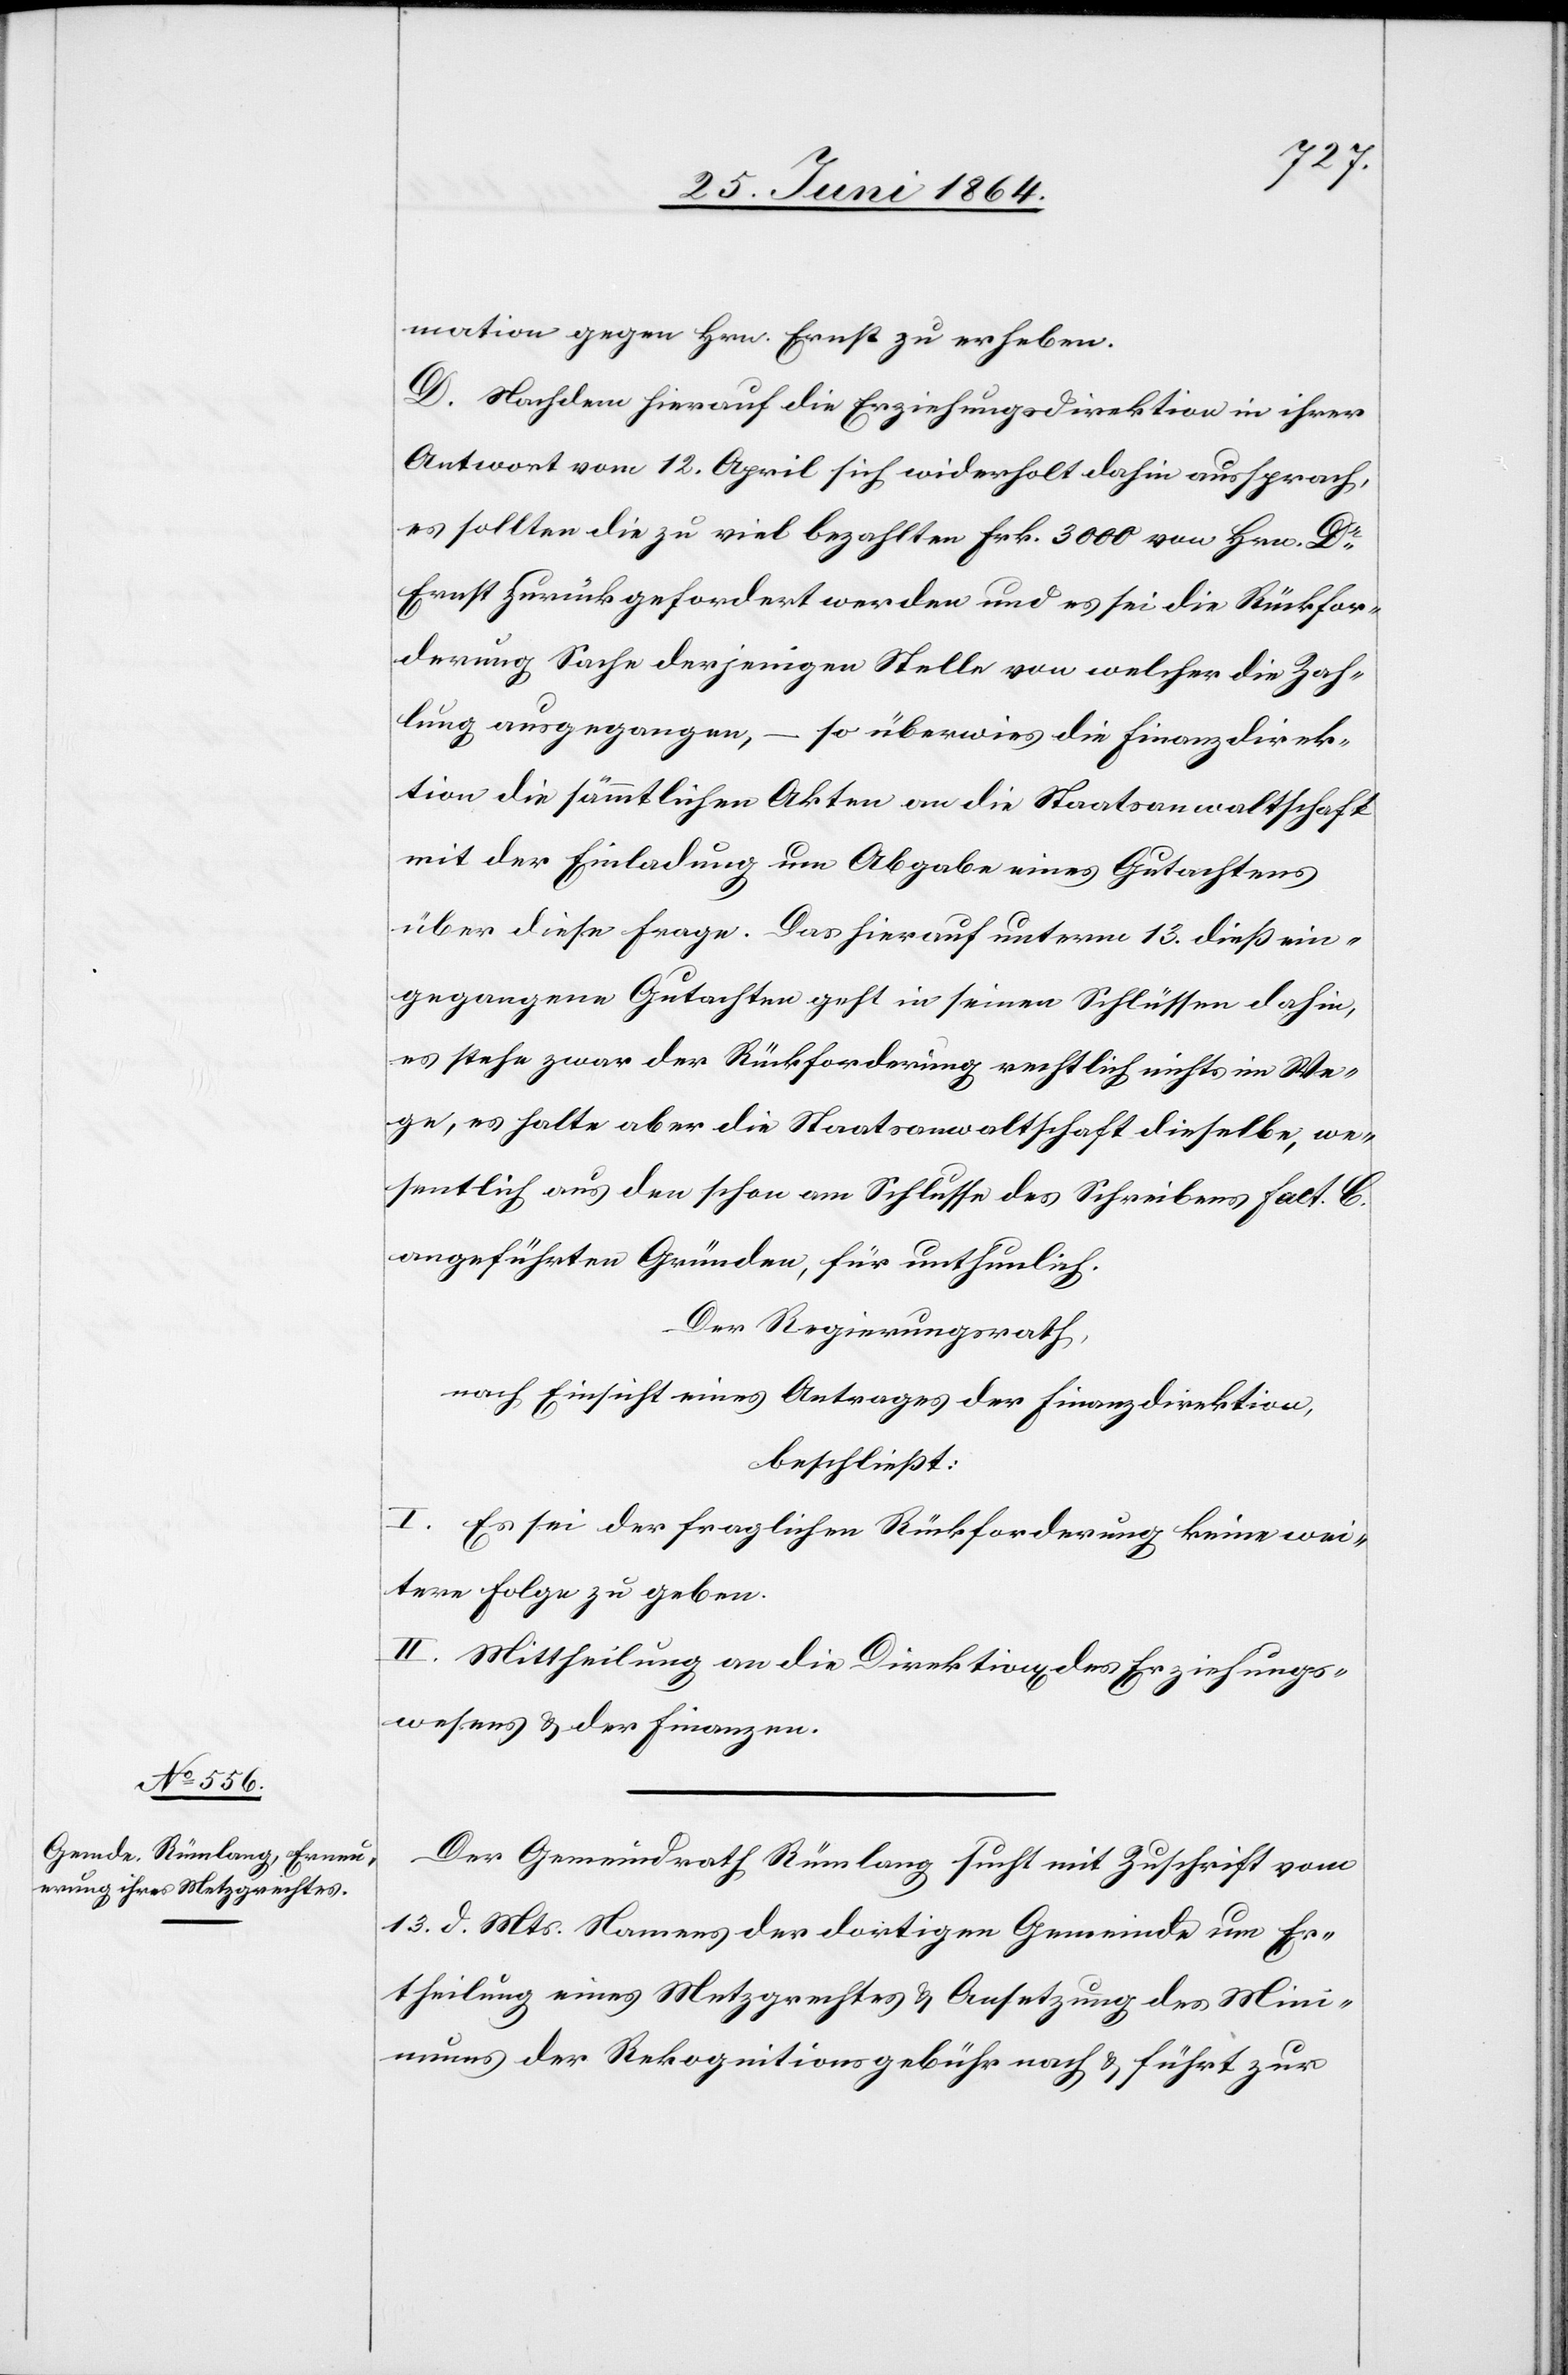
mation gegen Hrn. Ernst zu erheben.
D. Nachdem hierauf die Erziehungsdirektion in ihrer
Antwort vom 12. April sich widerholt dahin aussprach,
es sollten die zu viel bezahlten Frk. 3000 von Hrn. Dr
Ernst zurückgefordert werden und es sei die Rückfor¬
derung Sache derjenigen Stele von welcher die Zah¬
lung ausgegangen, – so überwies die Finanzdirek¬
tion die sämmtlichen Akten an die Staatsanwaltschaft
mit der Einladung um Abgabe eines Gutachtens
über diese Frage. Das hierauf unterm 13. dieß ein¬
gegangene Gutachten geht in seinen Schlüssen dahin,
es stehe zwar der Rückforderung rechtlich nichts im We¬
ge, es halte aber die Staatsanwaltschaft dieselbe, we¬
sentlich aus den schon am Schlusse des Schreibens Fact. C.
angeführten Gründe, für unthunlich.
Der Regierungsrath,
nach Einsicht eines Antrages der Finanzdirektion,
beschließt:
I. Es sei der fraglichen Rückforderung keine wei¬
tere Folge zu geben.
II. Mittheilung an die Direktion des Erziehungs¬
wesens u. der Finanzen.
Der Gemeindrath Rümlang sucht mit Zuschrift vom
13. d. Mts. Namens der dortigen Gemeinde um Er¬
theilung eines Metzgrechtes u. Ansetzung des Mini¬
mums der Rekognitionsgebühr nach u. führt zur